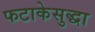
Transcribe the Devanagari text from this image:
फटाकेसुद्धा